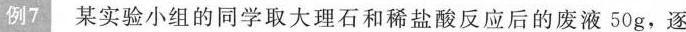
例7某实验小组的同学取大理石和稀盐酸反应后的废液50g，逐